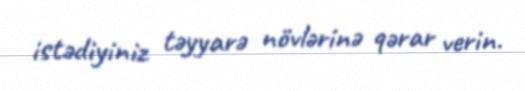
istədiyiniz təyyarə növlərinə qərar verin.